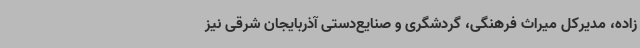
زاده، مدیرکل میراث فرهنگی، گردشگری و صنایع‌دستی آذربایجان شرقی نیز